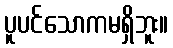
ပူပင်သောကမရှိဘူး။